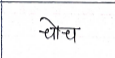
मजकूर: चोच